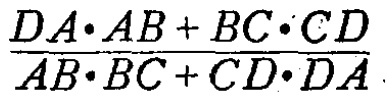
\(\frac{DA\cdot AB + BC\cdot CD}{AB\cdot BC + CD\cdot DA}\)